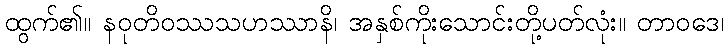
ထွက်၏။ နဝုတိဝဿသဟဿာနိ၊ အနှစ်ကိုးသောင်းတို့ပတ်လုံး။ တာဝဒေ၊